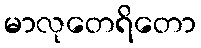
မာလုတေရိတော